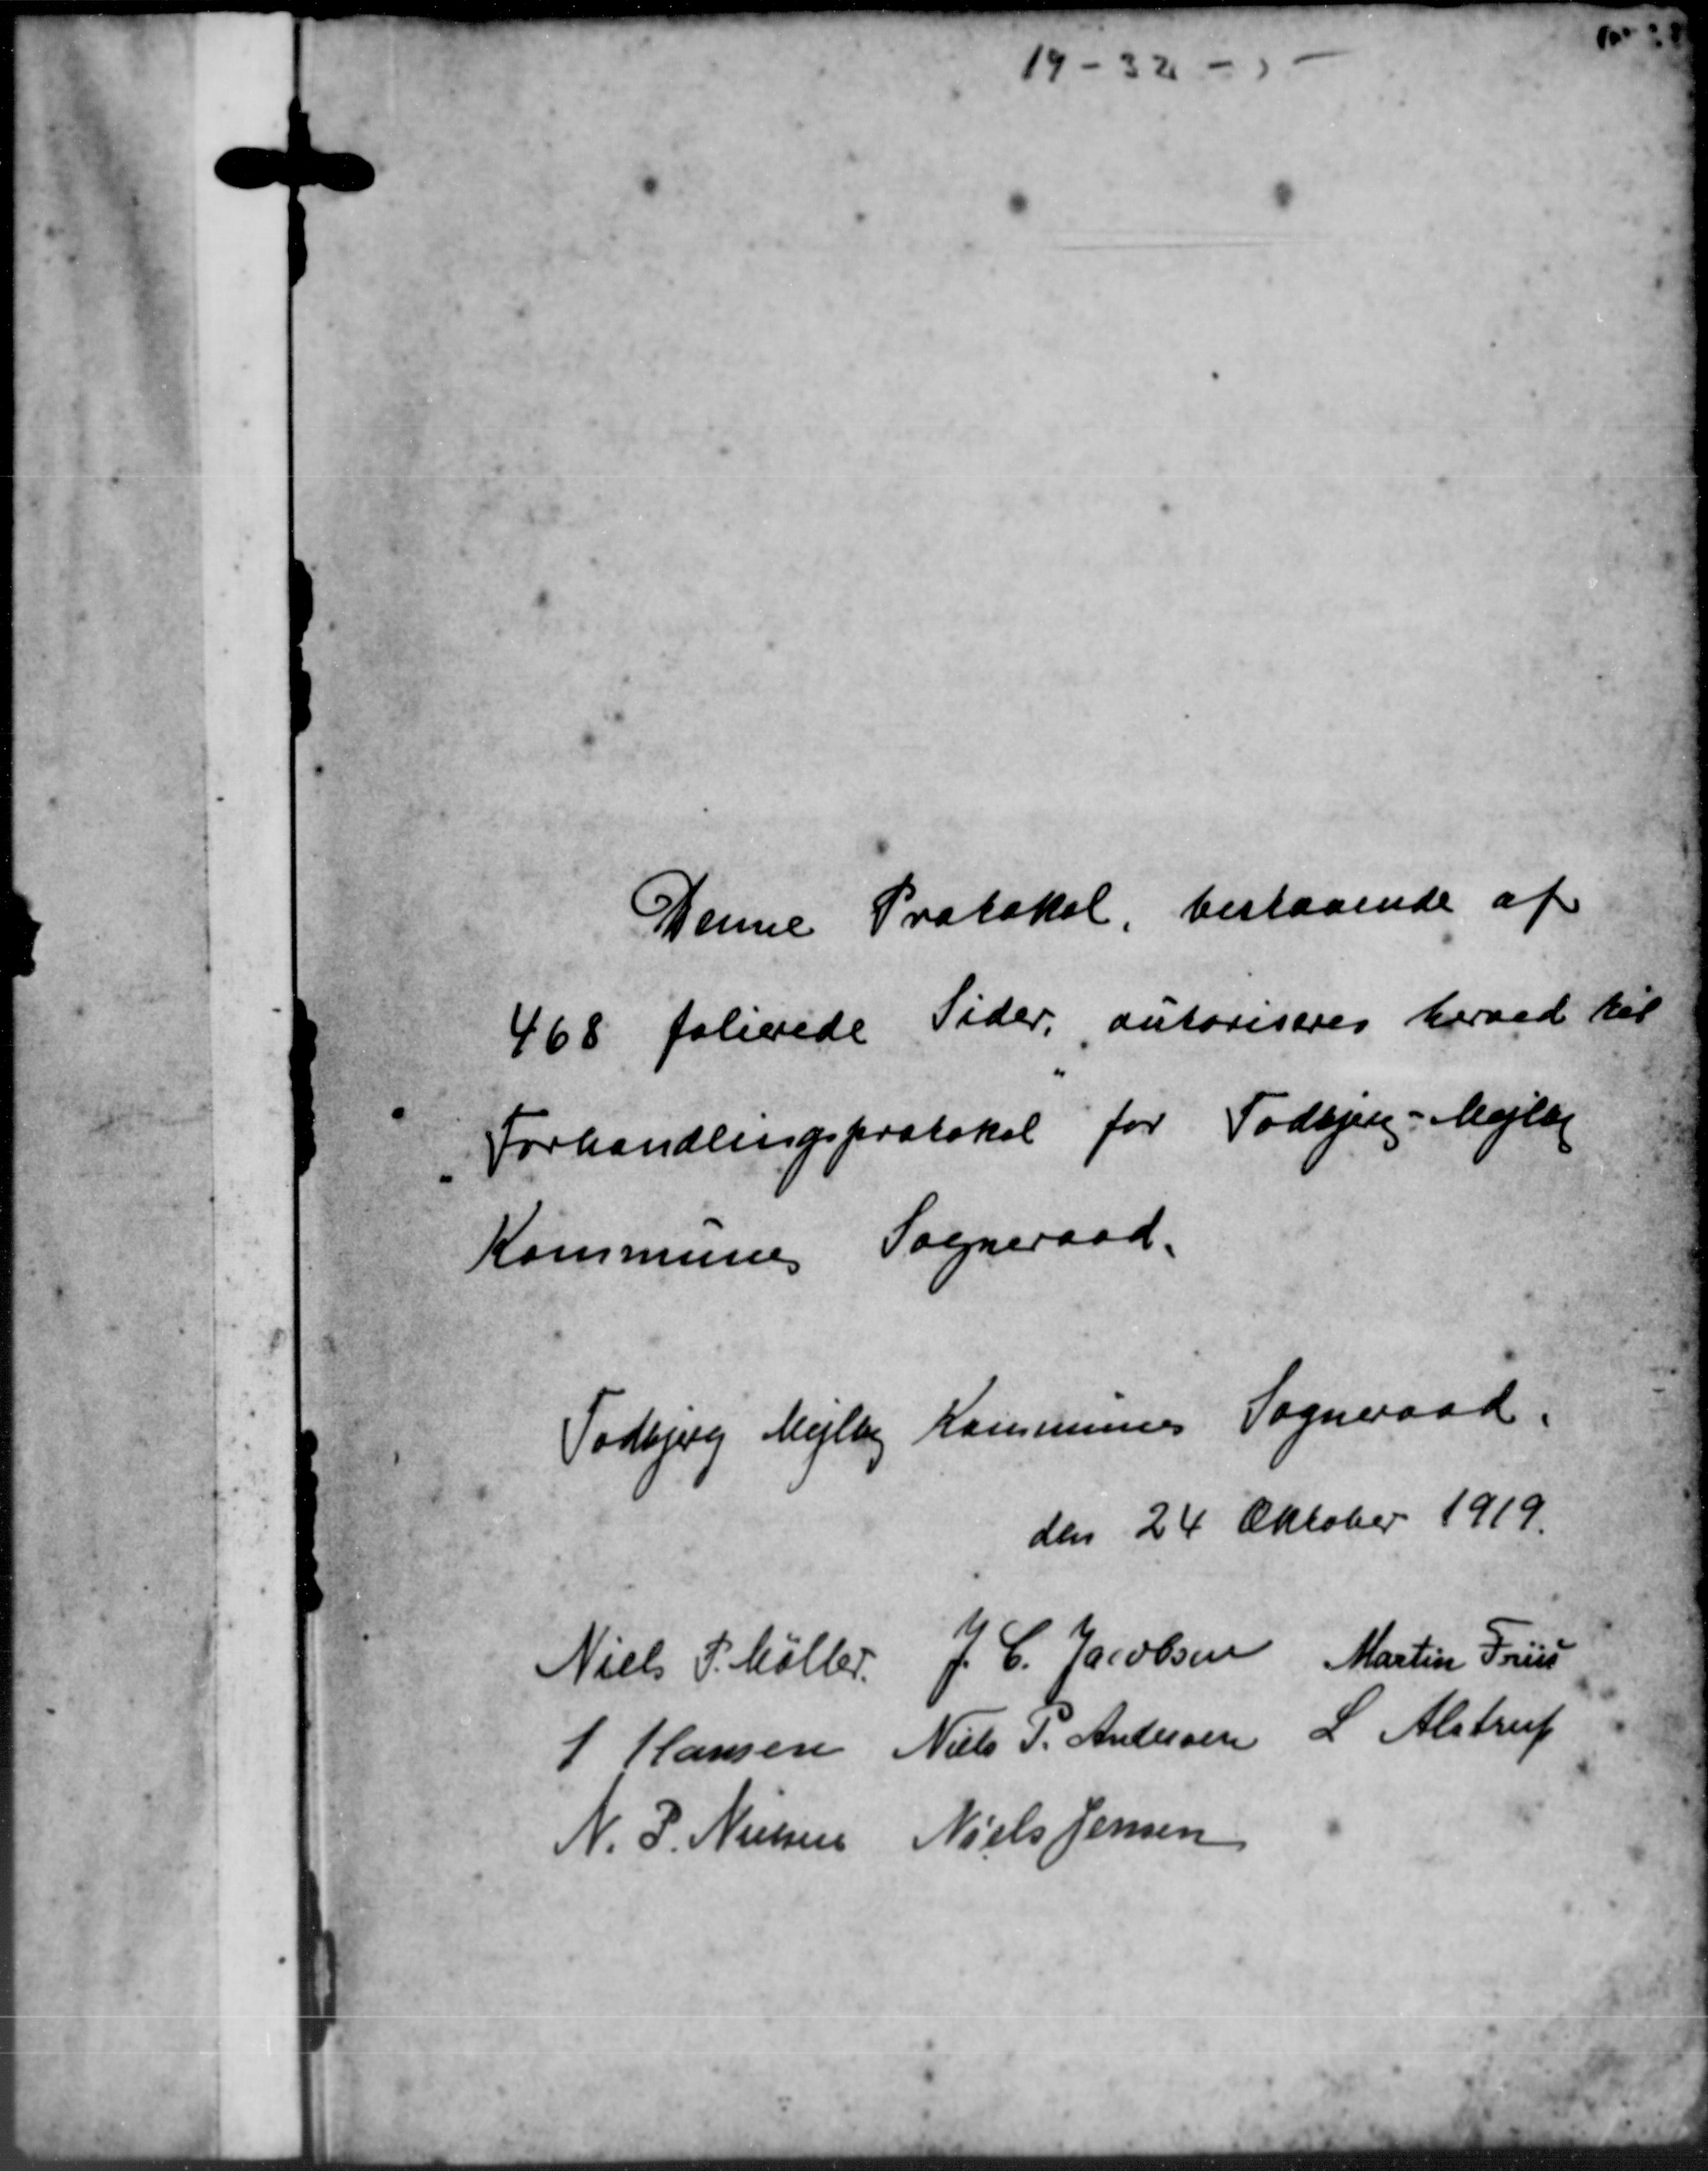
Transskription:
19-32 -
Denne Protokol bestaaende af
468 folivede Sider, autoriseres herved til
Forhandlingsprotokol for Todbjerg-Mejlby
Kommunes Sogneraad
Todbjerg Mejlby Kommunes Sogneraad
den 24 Oktober 1919.
Niels P. Møller,
J. C. Jacobsen
Martin Friis
J Hansen
Niels P. Andersen
L. Alstrup
N. P. Nielsen
Niels Jensen